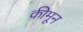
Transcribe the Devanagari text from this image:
कीमून